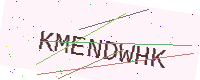
Text: KMENDWHK